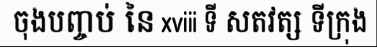
ចុងបញ្ចប់ នៃ xviii ទី សតវត្ស ទីក្រុង